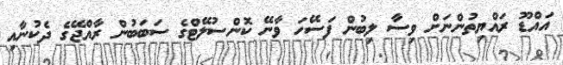
އައްޑޫ ރައްޔިތުންނަށް ވިސާ ލިބުން ފަސޭހަ ވާނޭ ކޮންސުލޭޓްގެ ސަބަބުން ރާއްޖޭގެ ދެކުނާއި